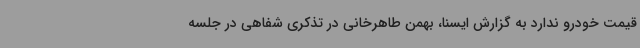
قیمت خودرو ندارد به گزارش ایسنا، بهمن طاهرخانی در تذکری شفاهی در جلسه